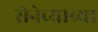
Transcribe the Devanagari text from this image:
सेनेच्याच्या